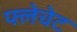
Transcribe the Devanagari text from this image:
फ्लेचेट